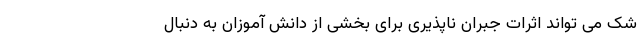
شک می تواند اثرات جبران ناپذیری برای بخشی از دانش آموزان به دنبال